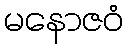
မနောဇဝံ